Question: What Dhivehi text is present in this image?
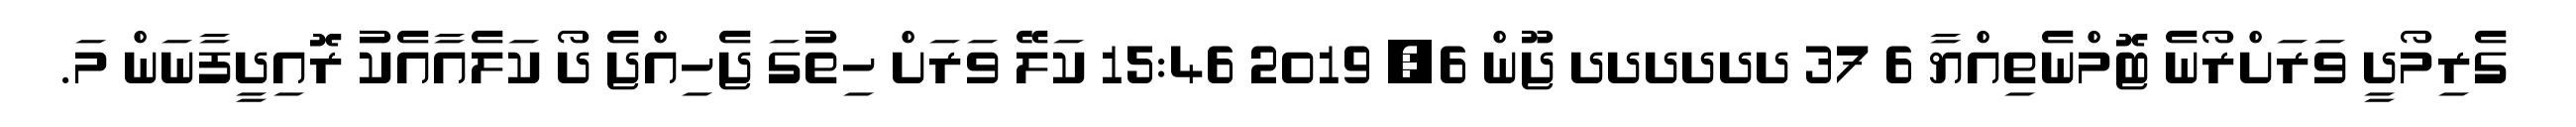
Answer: ގެރިމޯދީ ވަރަށްރޯނެ ޓޮމްނެތިއްޔާ 6 37 ދދދދދދ ޖޫން 6, 2019 15:46 ކަލޭ ވަރަށް ހިތުގަ ޖެހިއްޖެ ދޯ ކަލެއާއެކު ރޮއިދީފާނަން މަ.